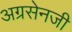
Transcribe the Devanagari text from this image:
अग्रसेनजी